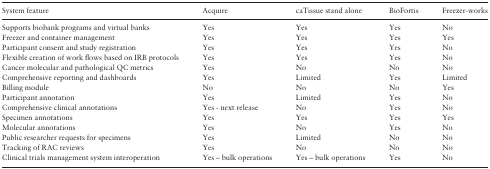
| System feature | Acquire | caTissue stand alone | BioFortis | Freezer-works |
 | --- | --- | --- | --- | --- |
 | Supports biobank programs and virtual banks | Yes | Yes | Yes | No |
 | Freezer and container management | Yes | Yes | Yes | Yes |
 | Participant consent and study registration | Yes | Yes | Yes | No |
 | Flexible creation of work flows based on IRB protocols | Yes | Yes | Yes | No |
 | Cancer molecular and pathological QC metrics | Yes | No | No | No |
 | Comprehensive reporting and dashboards | Yes | Limited | Yes | Limited |
 | Billing module | No | No | No | Yes |
 | Participant annotation | Yes | Limited | Yes | No |
 | Comprehensive clinical annotations | Yes - next release | No | Yes | No |
 | Specimen annotations | Yes | Yes | Yes | Yes |
 | Molecular annotations | Yes | No | Yes | No |
 | Public researcher requests for specimens | Yes | Limited | No | No |
 | Tracking of RAC reviews | Yes | No | No | No |
 | Clinical trials management system interoperation | Yes – bulk operations | Yes – bulk operations | Yes | No |